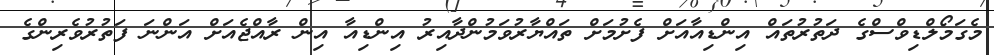
މެގަމޯލްޑިވްސްގެ ދަތުރުތައް އިންޑިއާއަށް ފެށުމަށް ތައްޔާރުވަމުންދާއިރު އިންޑިއާ އިން ރާއްޖެއަށް އަންނަ ފަތުރުވެރިންގެ